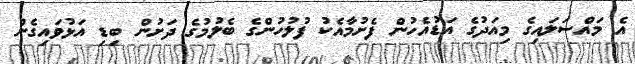
އެ މައްސަލައިގެ މިއަދުގެ އަޑުއެހުން ފެށުމާއެކު ފުލުހުންގެ ބެލުމުގެ ދަށުން ބިޑި އަޅުވައިގެން